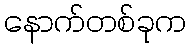
နောက်တစ်ခုက